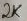
Text: 2K